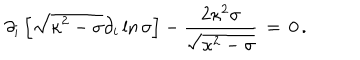
\partial _ { i } \left[ \sqrt { \kappa ^ { 2 } - \sigma } \partial _ { i } \ln { \sigma } \right] - { \frac { 2 \kappa ^ { 2 } \sigma } { \sqrt { \kappa ^ { 2 } - \sigma } } } \, = \, 0 \, .